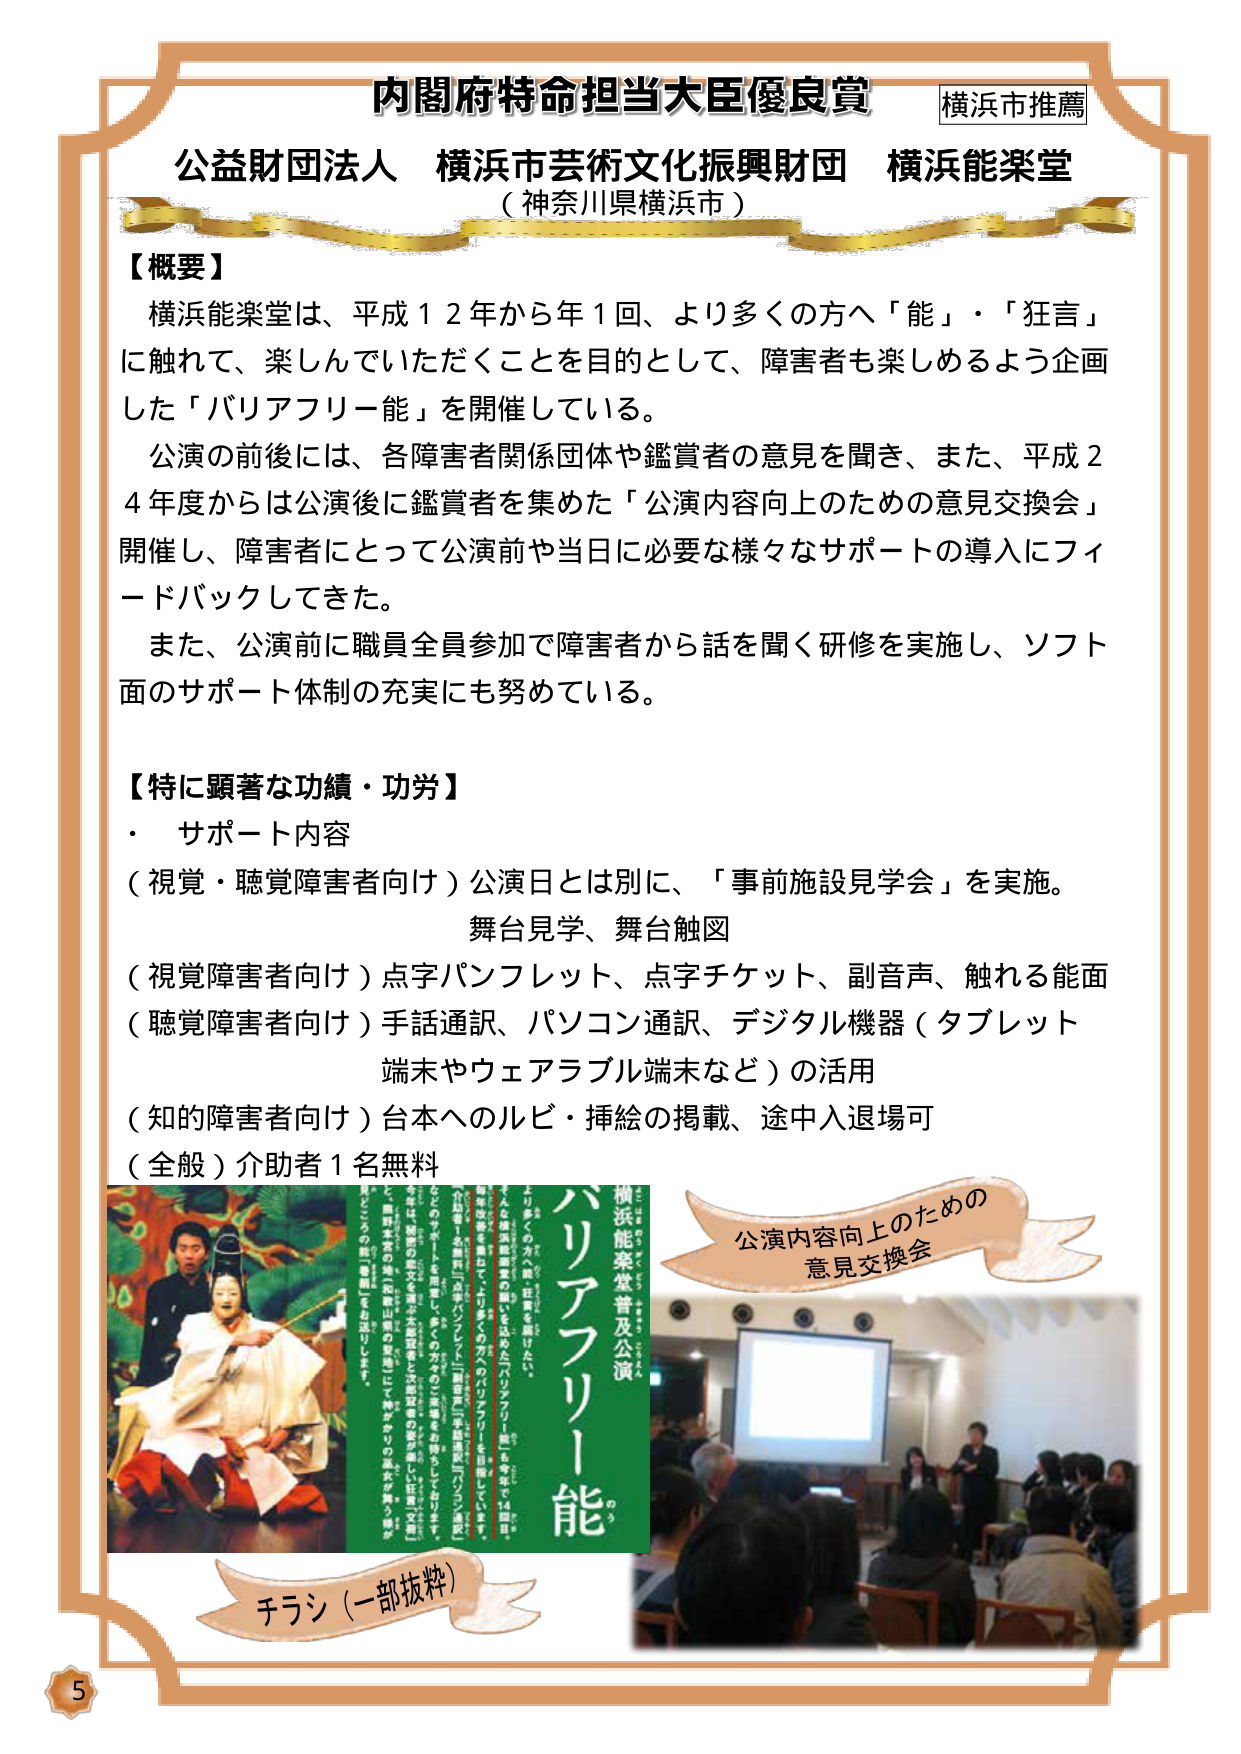
内閣府特命担当大臣優良賞 横浜市推薦
公益財団法人 横浜市芸術文化振興財団 横浜能楽堂
（神奈川県横浜市）

【概要】
横浜能楽堂は、平成１２年から年１回、より多くの方へ「能」・「狂言」
に触れて、楽しんでいただくことを目的として、障害者も楽しめるよう企画
した「バリアフリー能」を開催している。
公演の前後には、各障害者関係団体や鑑賞者の意見を聞き、また、平成２
４年度からは公演後に鑑賞者を集めた「公演内容向上のための意見交換会」
開催し、障害者にとって公演前や当日に必要な様々なサポートの導入にフィ
ードバックしてきた。
また、公演前に職員全員参加で障害者から話を聞く研修を実施し、ソフト
面のサポート体制の充実にも努めている。

【特に顕著な功績・功労】
・ サポート内容
（視覚・聴覚障害者向け）公演日とは別に、「事前施設見学会」を実施。
　舞台見学、舞台触図
（視覚障害者向け）点字パンフレット、点字チケット、副音声、触れる能面
（聴覚障害者向け）手話通訳、パソコン通訳、デジタル機器（タブレット
　端末やウェアラブル端末など）の活用
（知的障害者向け）台本へのルビ・挿絵の掲載、途中入退場可
（全般）介助者１名無料

チラシ（一部抜粋）
横浜能楽堂普及公演
バリアフリー能
のう
より多くの方に能を体験してほしい。
横浜能楽堂は、平成12年から年1回、より多くの方へ「能」・「狂言」に触れて、楽しんでいただくことを目的として、「バリアフリー能」を開催しています。
「バリアフリー能」は、障害のある方や、高齢者、外国籍の方など、誰もが安心して能を楽しんでいただけるように、さまざまな工夫をしています。
視覚障害者向けには、点字パンフレットや点字チケット、副音声、触れる能面などを用意。
聴覚障害者向けには、手話通訳やパソコン通訳、デジタル機器（タブレット端末やウェアラブル端末など）を活用。
知的障害者向けには、台本にルビや挿絵を掲載し、途中入退場も可能です。
また、公演前には「事前施設見学会」を実施し、舞台見学や舞台触図も行っています。
介助者1名は無料です。
皆さまのご来場をお待ちしています。

公演内容向上のための
意見交換会

5